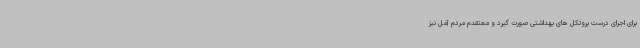
برای اجرای درست پروتکل های بهداشتی صورت گیرد و معتقدم مردم آمل نیز